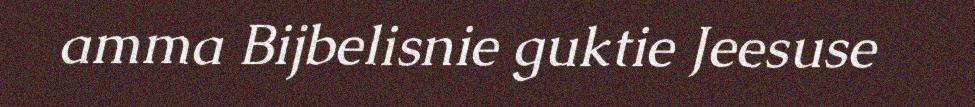
amma Bijbelisnie guktie Jeesuse